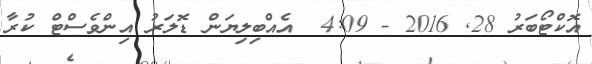
އޮކްޓޯބަރު 28